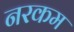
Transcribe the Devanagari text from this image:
नरकम